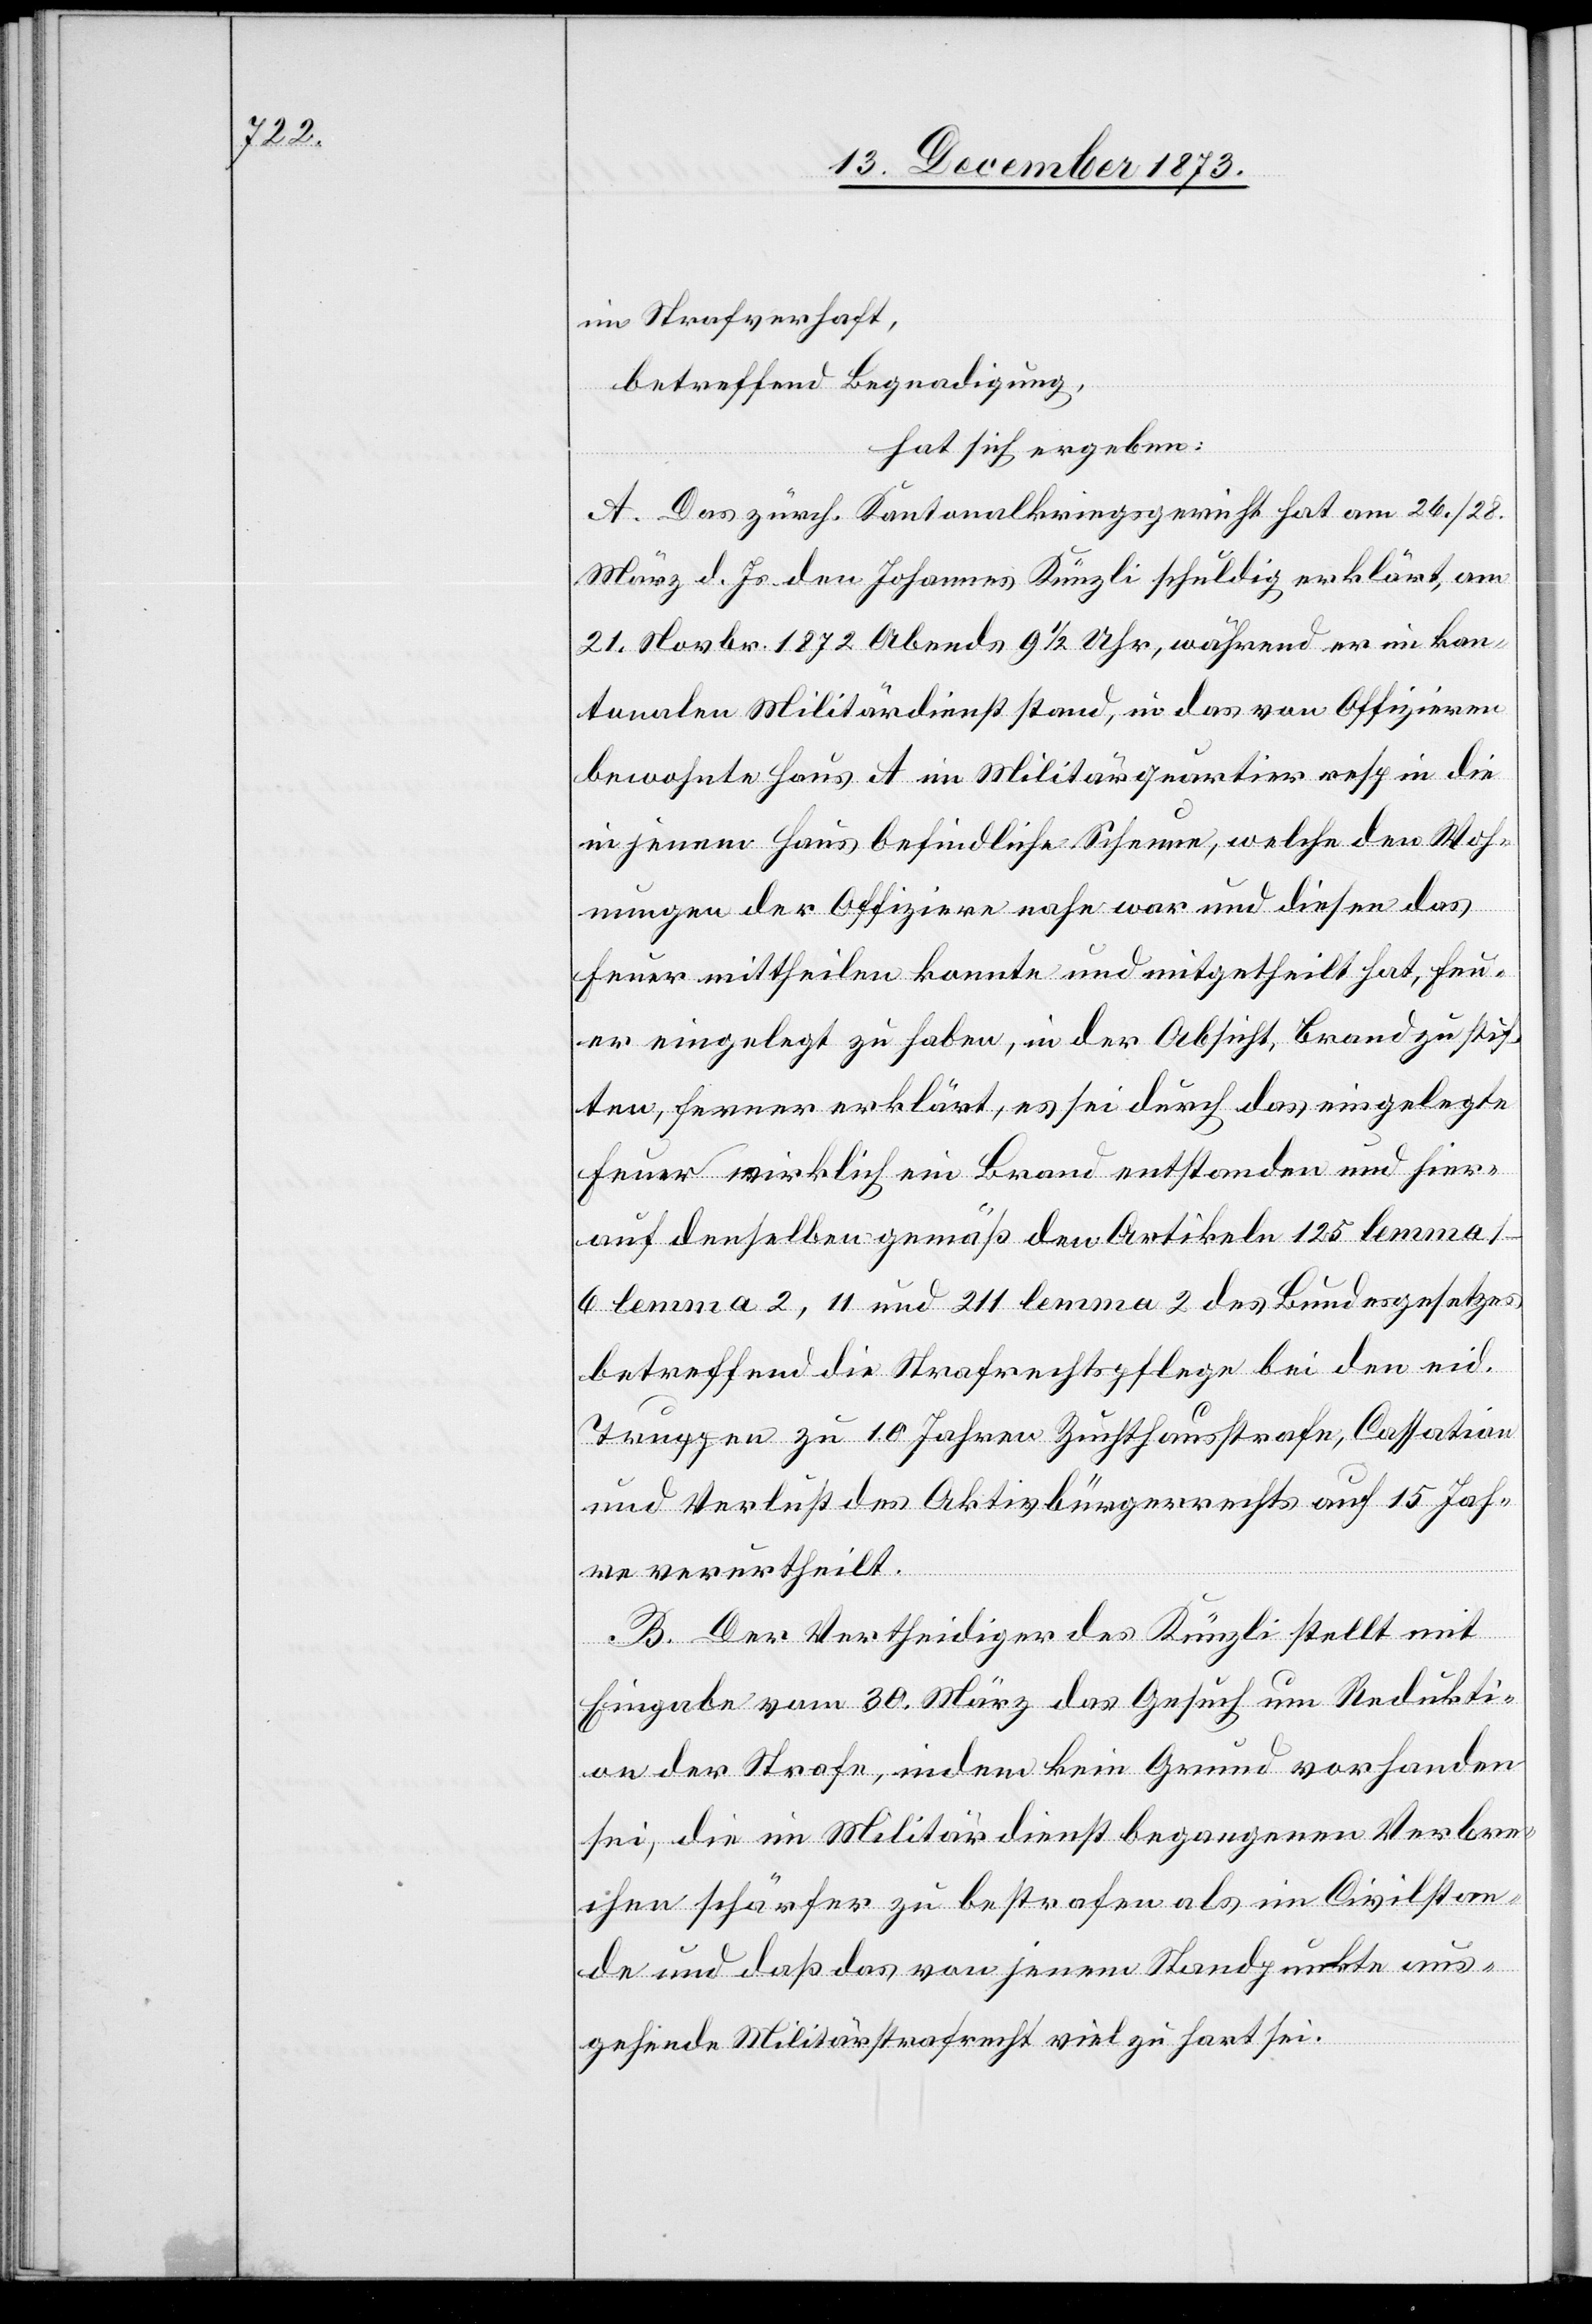
im Strafverhaft,
betreffend Begnadigung,
hat sich ergeben:
A. Das zürch. Kantonalkriegsgericht hat am 26./28.
März d. Js. den Johannes Künzli schuldig erklärt, am
21. Novbr. 1872 Abends 9 1/2 Uhr, während er im kan¬
tonalen Militärdienst stand, in das von Offizieren
bewohnte Haus A im Militärquartier resp in die
in jenem Haus befindliche Scheune, welche den Woh¬
nungen der Offiziere nahe war und diesen das
Feuer mittheilen konnte und mitgetheilt hat, Feu¬
er eingelegt zu haben, in der Absicht, Brand zu stif¬
ten, ferner erklärt, es sei durch das eingelegte
Feuer wirklich ein Brand entstanden und hier¬
auf denselben gemäß den Artikeln 125 lemma
1–6 lemma 2, 11, und 211 lemma 2 des Bundesgesetzes
betreffend die Strafrechtspflege bei den eid.
Truppen zu 10 Jahren Zuchthausstrafe, Cassation
und Verlust des Aktivbürgerrechts auf 15 Jah¬
re verurtheilt.
B. Der Vertheidiger des Künzli stellt mit
Eingabe vom 30. März das Gesuch um Redukti¬
on der Strafe, indem kein Grund vorhanden
sei, die im Militärdienst begangenen Verbre¬
chen schärfer zu bestrafen als im Civilstan¬
de und daß das von jenem Standpunkte aus¬
gehende Militärstrafrecht viel zu hart sei.